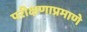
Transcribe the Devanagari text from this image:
परीक्षणाप्रमाणे